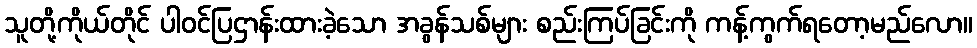
သူတို့ကိုယ်တိုင် ပါဝင်ပြဌာန်းထားခဲ့သော အခွန်သစ်များ စည်းကြပ်ခြင်းကို ကန့်ကွက်ရတော့မည်လော။